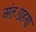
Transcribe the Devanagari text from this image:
अंतःग्रहण